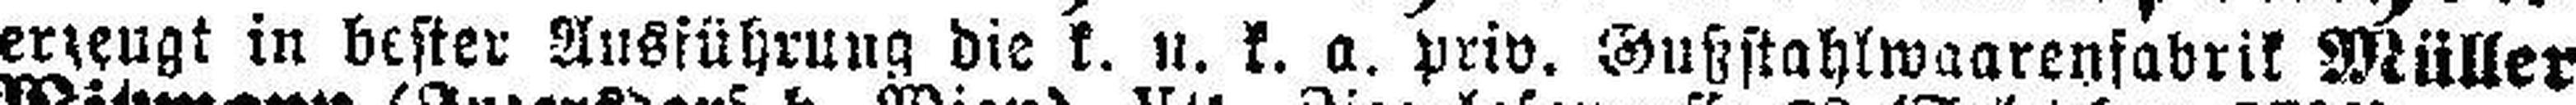
erzeugt in bester Ausführung die k. u. k. a. priv. Gußstahlwaarenfabrik Müller